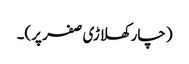
(چار کھلاڑی صفر پر)۔